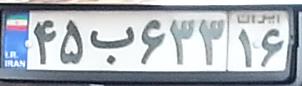
۴۵ب۶۳۳۱۶